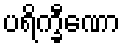
ပရိက္ခီဏော